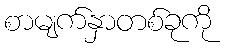
စာမျက်နှာတစ်ခုကို